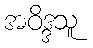
အဝိဒ္ဒသူ